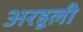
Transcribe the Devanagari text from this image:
अरहूली